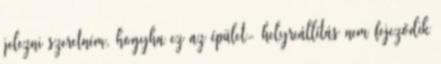
jelezni szeretném, hogyha ez az épület- helyreállítás nem fejeződik